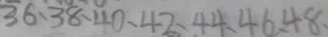
3 6 、 3 8 、 4 0 、 4 2 、 4 4 、 4 6 、 4 8